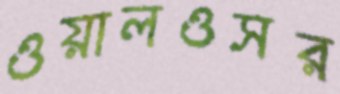
ওয়ালওসর